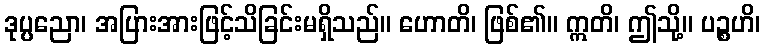
ဒုပ္ပညော၊ အပြားအားဖြင့်သိခြင်းမရှိသည်။ ဟောတိ၊ ဖြစ်၏။ ဣတိ၊ ဤသို့။ ပဉ္စဟိ၊